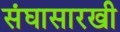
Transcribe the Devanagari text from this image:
संघासारखी